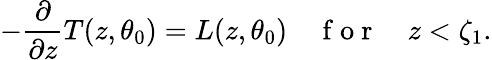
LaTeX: -\frac{\partial}{\partial z}T(z,\theta_{0})=L(z,\theta_{0})\quad\mathrm{~f~o~r~}\quad z<\zeta_{1}.